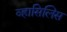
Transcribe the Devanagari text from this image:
व्हासिलिस